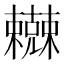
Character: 𰙇